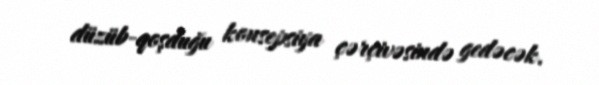
düzüb-qoşduğu konsepsiya çərçivəsində gedəcək.